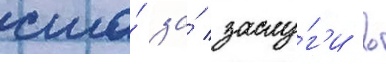
сша́ за́ заслу́г'и в